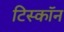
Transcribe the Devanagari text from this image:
टिस्कॉन